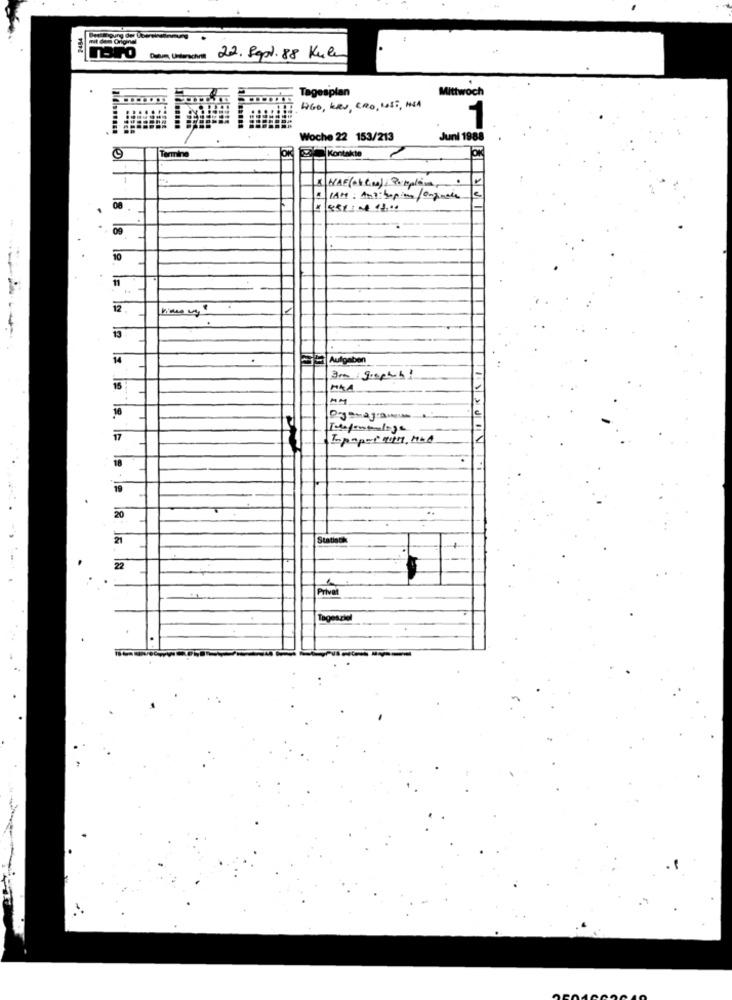
2484
Datum, Unterschni
22. Sept. 88 Kule
Tagesplan
Mittwoch
4GO, KRU, CRO, 108 ;, INA
1
Woche 22 153/213
Juni 1988
Termine
Kontakte
1
1
18
.
09
10
12
1
13
Aufgaben
Ara graphe 4 1
15
MAA
16
17
18
19
20
..
Statist
22
Privat
Tagesziel